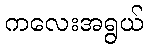
ကလေးအရွယ်